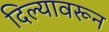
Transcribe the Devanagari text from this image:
दिल्यावरून